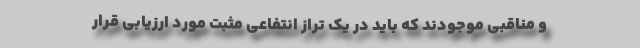
و مناقبی موجودند که باید در یک تراز انتفاعی مثبت مورد ارزیابی قرار